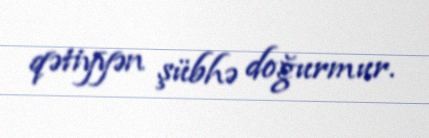
qətiyyən şübhə doğurmur.